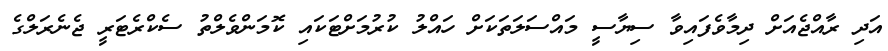
އަދި ރާއްޖެއަށް ދިމާވެފައިވާ ސިޔާސީ މައްސަލަތަކަށް ހައްލު ކުރުމަށްޓަކައި ކޮމަންވެލްތު ސެކްރެޓަރީ ޖެނެރަލްގެ